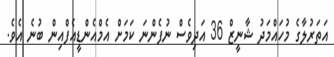
އަތަރުލާގެ މުހައްމަދު ޝާނީޒް 36 އަދިވެސް ނުފެންނަ ކަމަށް އެމްއެންޑީއެފްއިން ބުނެ އެވެ.